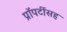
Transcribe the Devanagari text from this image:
प्रॉपर्टीसह